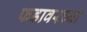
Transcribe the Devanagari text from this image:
फडावरच्या